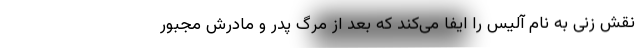
نقش زنی به نام آلیس را ایفا می‌کند که بعد از مرگ پدر و مادرش مجبور